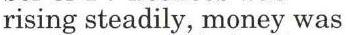
rising steadily, money was